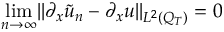
\operatorname* { l i m } _ { n \rightarrow \infty } \lVert \partial _ { x } \tilde { u } _ { n } - \partial _ { x } u \rVert _ { L ^ { 2 } ( Q _ { T } ) } = 0